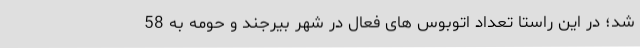
شد؛ در این راستا تعداد اتوبوس های فعال در شهر بیرجند و حومه به 58